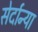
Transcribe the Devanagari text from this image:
सेर्दान्या